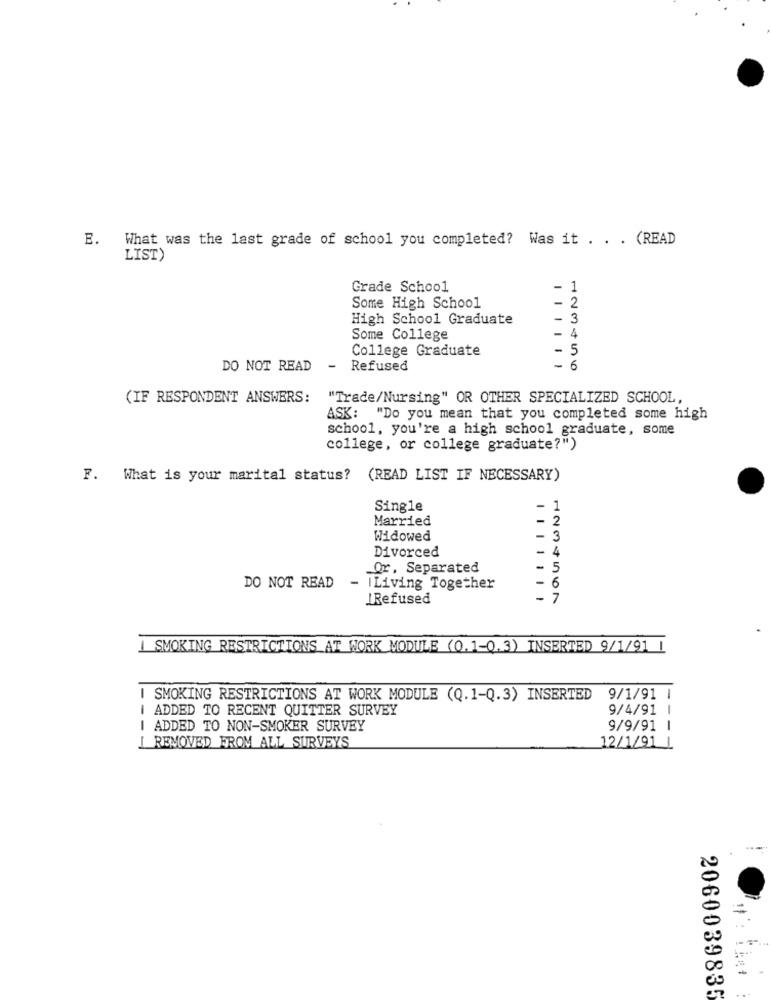
E. What was the last grade of school you completed? Was it . . . (READ
LIST)
Grade School
-
1
2
Some High School
High School Graduate
- 3
Some College
- 4
College Graduate
- 5
DO NOT READ
- Refused
-
6
(IF RESPONDENT ANSWERS:
"Trade/Nursing" OR OTHER SPECIALIZED SCHOOL,
ASK: "Do you mean that you completed some high
school, you're a high school graduate, some
college, or college graduate?")
F. What is your marital status? (READ LIST IF NECESSARY)
Single
-
1
Married
2
Widowed
- 3
Divorced
- 4
_Or, Separated
- 5
DO NOT READ
- ILiving Together
6
IRefused
- 7
I SMOKING RESTRICTIONS AT WORK MODULE (0.1-0.3) INSERTED 9/1/91 1
I SMOKING RESTRICTIONS AT WORK MODULE (Q.1-Q.3) INSERTED 9/1/91 |
ADDED TO RECENT QUITTER SURVEY
9/4/91 |
ADDED TO NON-SMOKER SURVEY
9/9/91 1
REMOVED FROM ALL SURVEYS
12/1/91 1
=
2060039835